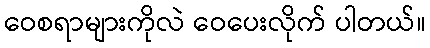
ဝေစရာများကိုလဲ ဝေပေးလိုက် ပါတယ်။